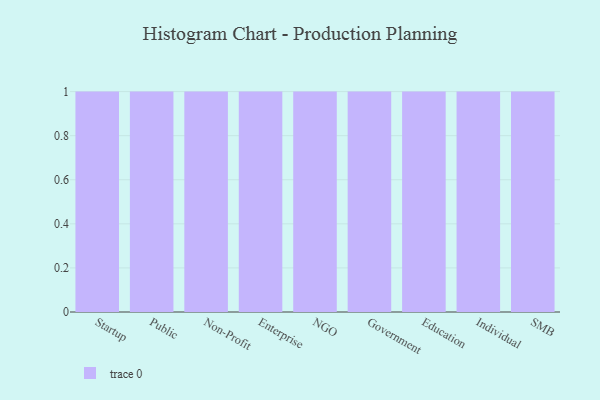
{"axis": {"x": "Segment", "y": "Market Share (%)"}, "legend": [""], "data": [{"x": "Startup", "y": 53, "type": ""}, {"x": "Public", "y": 66, "type": ""}, {"x": "Non-Profit", "y": 16, "type": ""}, {"x": "Enterprise", "y": 62, "type": ""}, {"x": "NGO", "y": 11, "type": ""}, {"x": "Government", "y": 26, "type": ""}, {"x": "Education", "y": 63, "type": ""}, {"x": "Individual", "y": 23, "type": ""}, {"x": "SMB", "y": 80, "type": ""}]}